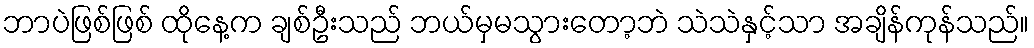
ဘာပဲဖြစ်ဖြစ် ထိုနေ့က ချစ်ဦးသည် ဘယ်မှမသွားတော့ဘဲ သဲသဲနှင့်သာ အချိန်ကုန်သည်။